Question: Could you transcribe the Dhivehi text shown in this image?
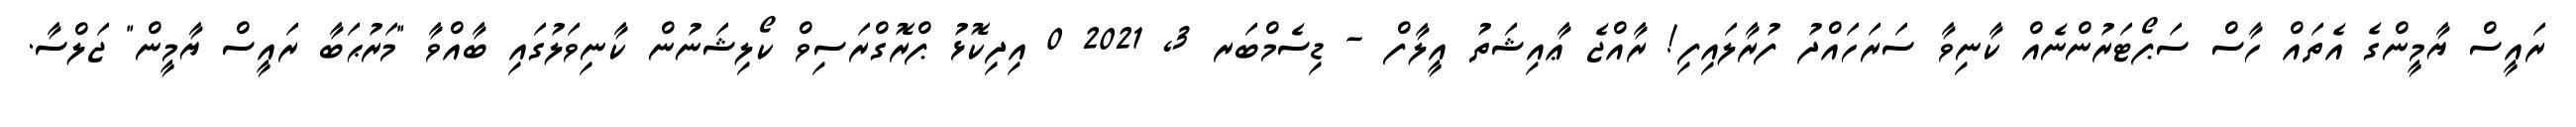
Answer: ރައީސް ޔާމީންގެ އެތައް ހާސް ސަޕޯޓަރުންނެއް ކާނިވާ ސަރަހައްދު ފުރާލައިފި! ރާއްޖެ ޢާއިޝަތު އީލާފް - ޑިސެމްބަރ 3, 2021 0 އިދިކޮޅު ޕްރޮގްރަސިވް ކޯލިޝަނުން ކާނިވަލުގައި ބާއްވާ "މަރުޙަބާ ރައީސް ޔާމީން" ޖަލްސާ.